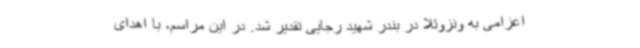
اعزامی به ونزوئلا در بندر شهید رجایی تقدیر شد. در این مراسم، با اهدای